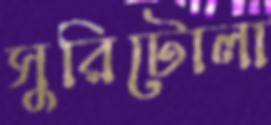
সুরিটোলা